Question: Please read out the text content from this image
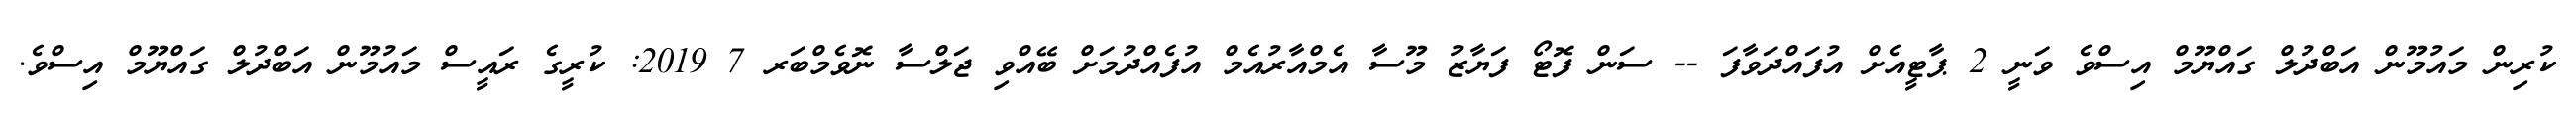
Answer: ކުރިން މައުމޫން އަބްދުލް ގައްޔޫމް އިސްވެ ވަނީ 2 ޕާޓީއެށް އުފައްދަވާފަ -- ސަން ފޮޓޯ ފަޔާޒު މޫސާ އެމްއާރުއެމް އުފެއްދުމަށް ބޭއްވި ޖަލްސާ ނޮވެމްބަރ 7 2019: ކުރީގެ ރައީސް މައުމޫން އަބްދުލް ގައްޔޫމް އިސްވެ.